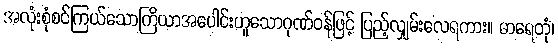
အလုံးစုံစင်ကြယ်သောကြိယာအပေါင်းဟူသောဂုဏ်ဝန်ဖြင့် ပြည့်လျှမ်းလေရကား။ ဓာရေတုံ၊